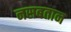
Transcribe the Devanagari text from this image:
नसबतान